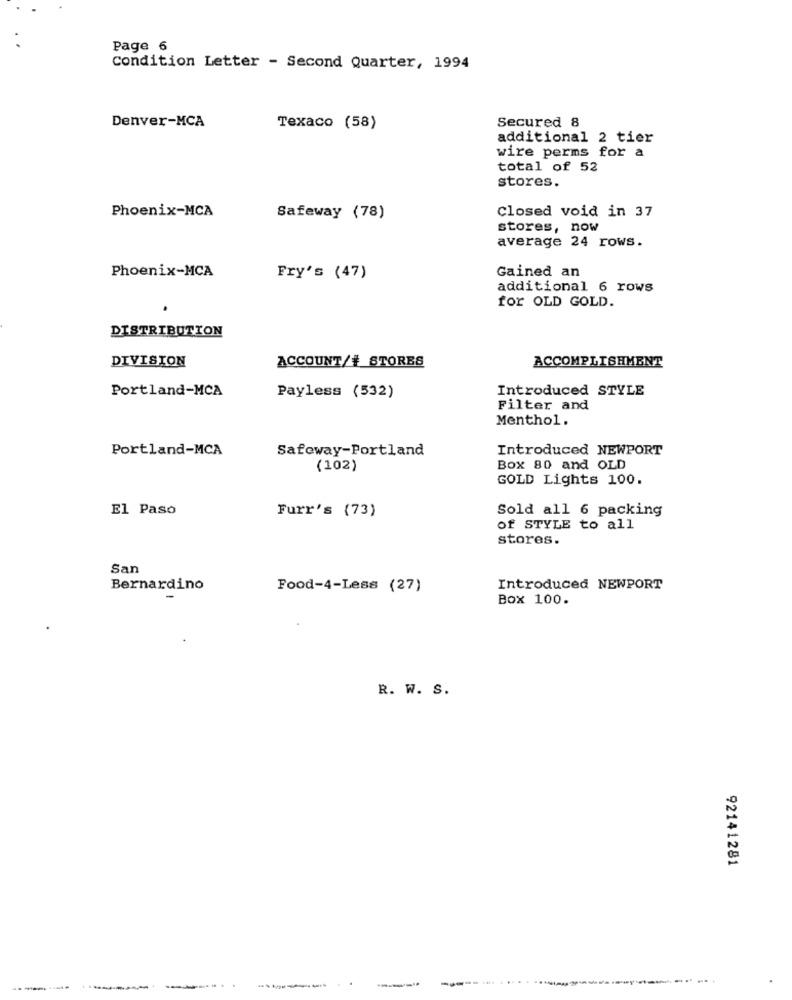
Page 6
Condition Letter - Second Quarter, 1994
Denver-MCA
Secured 8
Texaco (58)
additional 2 tier
wire perms for a
total of 52
stores.
Phoenix-MCA
Closed void in 37
Safeway (78)
stores, now
average 24 rows.
Phoenix-MCA
Gained an
Fry's (47)
additional 6 rows
for OLD GOLD.
DISTRIBUTION
DIVISION
ACCOMPLISHMENT
ACCOUNT/# STORES
Portland-MCA
Introduced STYLE
Payless (532)
Filter and
Menthol.
Portland-MCA
Safeway-Portland
Introduced NEWPORT
(102)
Box 80 and OLD
GOLD Lights 100.
El Paso
Furr's (73)
Sold all 6 packing
of STYLE to all
stores.
San
Bernardino
Food-4-Less (27)
Introduced NEWPORT
Box 100.
R. W. S.
92141281
-----